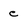
Character: e